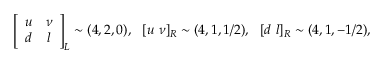
\left[ \begin{array} { c c } { { u } } & { { \nu } } \\ { { d } } & { { l } } \end{array} \right] _ { L } \sim ( 4 , 2 , 0 ) , ~ ~ [ u ~ \nu ] _ { R } \sim ( 4 , 1 , 1 / 2 ) , ~ ~ [ d ~ l ] _ { R } \sim ( 4 , 1 , - 1 / 2 ) ,